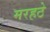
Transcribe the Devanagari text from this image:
मरहठे